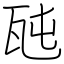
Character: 瓲